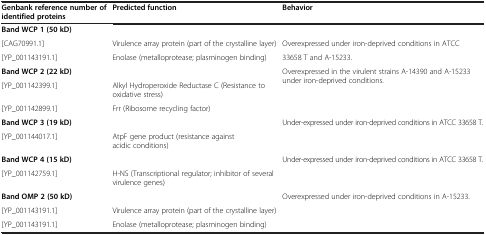
<table><thead><tr><td><b>Genbank reference number of identified proteins</b></td><td><b>Predicted function</b></td><td><b>Behavior</b></td></tr></thead><tbody><tr><td><b>Band WCP 1 </b><b>(50 kD)</b></td><td> </td><td> </td></tr><tr><td>[CAG70991.1]</td><td>Virulence array protein (part of the crystalline layer)</td><td>Overexpressed under iron-deprived conditions in ATCC</td></tr><tr><td>[YP_001143191.1]</td><td>Enolase (metalloprotease; plasminogen binding)</td><td>33658 T and A-15233.</td></tr><tr><td><b>Band WCP 2 </b><b>(22 kD)</b></td><td> </td><td rowspan="3">Overexpressed in the virulent strains A-14390 and A-15233 under iron-deprived conditions.</td></tr><tr><td>[YP_001142399.1]</td><td>Alkyl Hydroperoxide Reductase C (Resistance to oxidative stress)</td></tr><tr><td>[YP_001142899.1]</td><td>Frr (Ribosome recycling factor)</td></tr><tr><td><b>Band WCP 3 </b><b>(19 kD)</b></td><td> </td><td rowspan="2">Under-expressed under iron-deprived conditions in ATCC 33658 T.</td></tr><tr><td>[YP_001144017.1]</td><td>AtpF gene product (resistance against acidic conditions)</td></tr><tr><td><b>Band WCP 4 </b><b>(15 kD)</b></td><td> </td><td rowspan="2">Under-expressed under iron-deprived conditions in ATCC 33658 T.</td></tr><tr><td>[YP_001142759.1]</td><td>H-NS (Transcriptional regulator; inhibitor of several virulence genes)</td></tr><tr><td><b>Band OMP 2 </b><b>(50 kD)</b></td><td> </td><td rowspan="3">Overexpressed under iron-deprived conditions in A-15233.</td></tr><tr><td>[YP_001143191.1]</td><td>Virulence array protein (part of the crystalline layer)</td></tr><tr><td>[YP_001143191.1]</td><td>Enolase (metalloprotease; plasminogen binding)</td></tr></tbody></table>